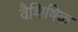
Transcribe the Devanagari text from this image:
वैशिषिक